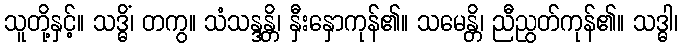
သူတို့နှင့်။ သဒ္ဓိံ၊ တကွ။ သံသန္ဒန္တိ၊ နှီးနှောကုန်၏။ သမေန္တိ၊ ညီညွတ်ကုန်၏။ သဒ္ဓါ၊